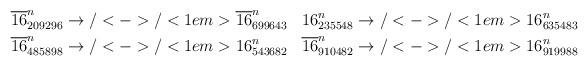
LaTeX: \begin{align*}\begin{aligned}\overline{16}^n_{209296} &\to/<->/<1em> \overline{16}^n_{699643} & 16^n_{235548} &\to/<->/<1em> 16^n_{635483} \\\overline{16}^n_{485898} &\to/<->/<1em> 16^n_{543682} &\overline{16}^n_{910482} &\to/<->/<1em> 16^n_{919988}\end{aligned}\end{align*}